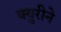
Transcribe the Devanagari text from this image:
क्युरीने